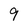
Character: 9